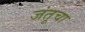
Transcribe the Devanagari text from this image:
जंतूचा